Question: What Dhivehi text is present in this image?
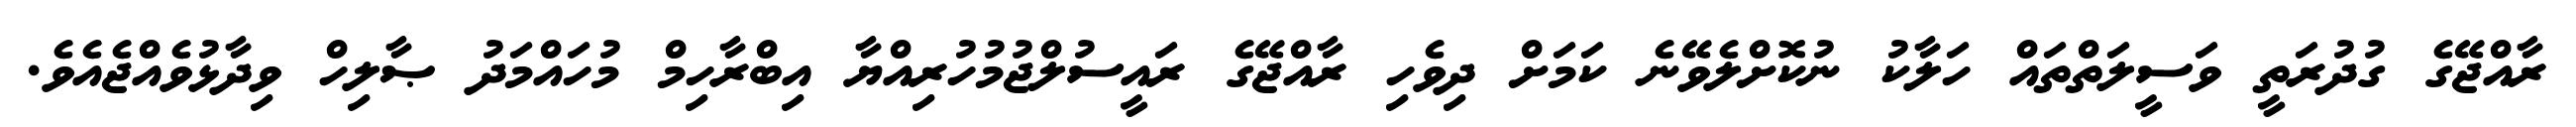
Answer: ރާއްޖޭގެ ގުދުރަތީ ވަސީލަތްތައް ހަލާކު ނުކޮށްލެވޭނެ ކަމަށް ދިވެހި ރާއްޖޭގެ ރައީސުލްޖުމުހުރިއްޔާ އިބްރާހިމް މުހައްމަދު ޞާލިހް ވިދާޅުވެއްޖެއެވެ.